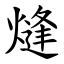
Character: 熢